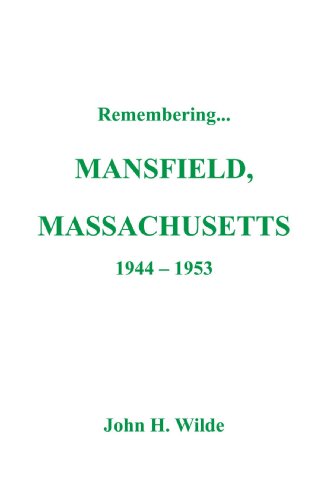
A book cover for Remembering Mansfield, Massachusetts -1944-1953; John H. Wilde; Biographies & Memoirs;